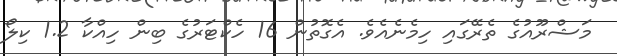
މަޝްރޫއުގެ ތެރޭގައި ހިމެނެއެވެ. އެގޮތުން 16 ހެކްޓަރުގެ ބިން ހިއްކާ 1.2 ކިލޯ